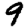
Digit: 9